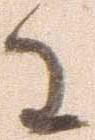
わ